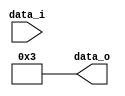
module FloatingPointSQRT(data_i, data_o);
	input [31:0] data_i;
	output [31:0] data_o;
	
	assign data_o = $sqrt(32'd9);
endmodule